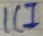
Text: IC1